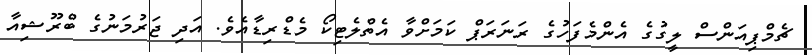
ޗެމްޕިއަންސް ލީގުގެ އެންމެފަހުގެ ރަނަރަޕް ކަމަށްވާ އެތްލެޓިކޯ މެޑްރިޑާއެވެ. އަދި ޖަރުމަނުގެ ބްރޫޝިއާ